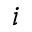
i